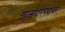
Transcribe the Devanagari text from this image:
खासदारपदावर